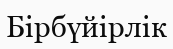
Бірбүйірлік